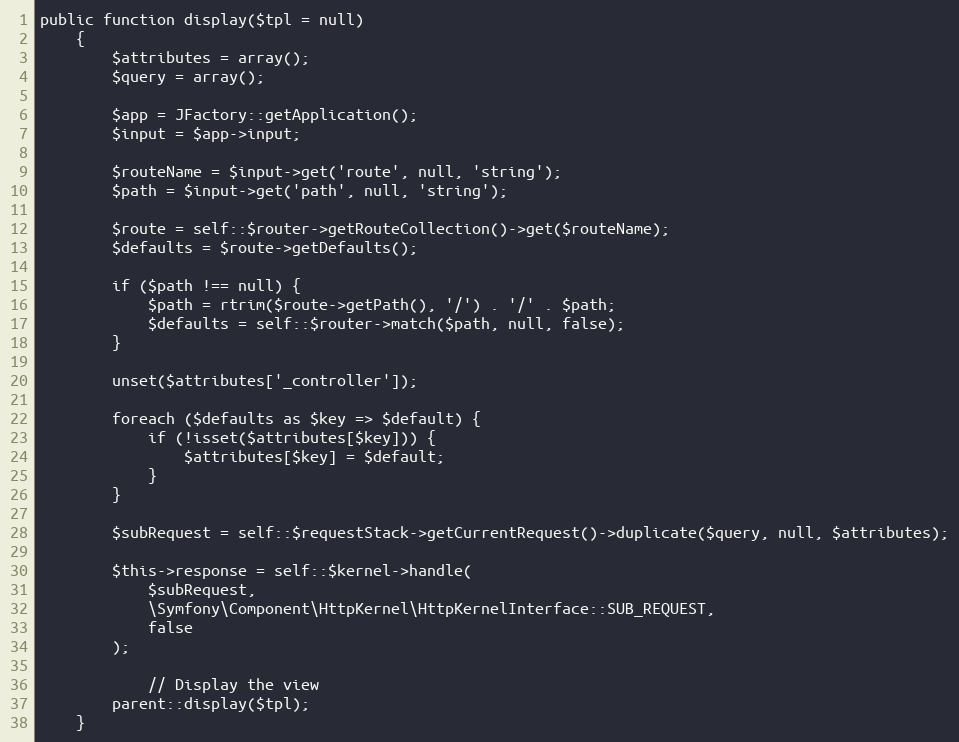
Language: PHP
public function display($tpl = null)
    {
        $attributes = array();
        $query = array();

        $app = JFactory::getApplication();
        $input = $app->input;

        $routeName = $input->get('route', null, 'string');
        $path = $input->get('path', null, 'string');

        $route = self::$router->getRouteCollection()->get($routeName);
        $defaults = $route->getDefaults();

        if ($path !== null) {
            $path = rtrim($route->getPath(), '/') . '/' . $path;
            $defaults = self::$router->match($path, null, false);
        }

        unset($attributes['_controller']);

        foreach ($defaults as $key => $default) {
            if (!isset($attributes[$key])) {
                $attributes[$key] = $default;
            }
        }

        $subRequest = self::$requestStack->getCurrentRequest()->duplicate($query, null, $attributes);

        $this->response = self::$kernel->handle(
            $subRequest,
            \Symfony\Component\HttpKernel\HttpKernelInterface::SUB_REQUEST,
            false
        );

            // Display the view
        parent::display($tpl);
    }